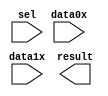
module lpm_mux_bl (
	data0x,
	data1x,
	sel,
	result);

	input	[23:0]  data0x;
	input	[23:0]  data1x;
	input	  sel;
	output	[23:0]  result;

endmodule